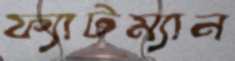
ফ্যাটম্যান